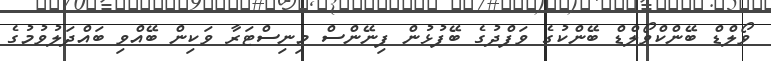
ވޯލްޑް ބޭންކްވޯލްޑް ބޭންކުގެ ވަފްދުގެ ބޭފުޅުން ފިނޭންސް މިނިސްޓަރާ ވަކިން ބޭއްވި ބައްދަލުވުމުގެ